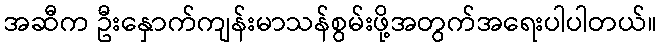
အဆီက ဦးနှောက်ကျန်းမာသန်စွမ်းဖို့အတွက်အရေးပါပါတယ်။